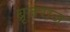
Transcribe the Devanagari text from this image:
ब्रृजराज